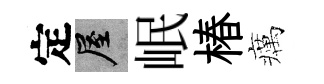
定屋岷椿癘